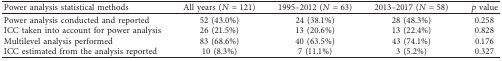
<table><thead><tr><td><b>Power analysis statistical methods</b></td><td><b>All years (<i>N</i>=121)</b></td><td><b>1995–2012 (<i>N</i>=63)</b></td><td><b>2013–2017 (<i>N</i>=58)</b></td><td><b><i>p</i> value</b></td></tr></thead><tbody><tr><td>Power analysis conducted and reported</td><td>52 (43.0%)</td><td>24 (38.1%)</td><td>28 (48.3%)</td><td>0.258</td></tr><tr><td>ICC taken into account for power analysis</td><td>26 (21.5%)</td><td>13 (20.6%)</td><td>13 (22.4%)</td><td>0.828</td></tr><tr><td>Multilevel analysis performed</td><td>83 (68.6%)</td><td>40 (63.5%)</td><td>43 (74.1%)</td><td>0.176</td></tr><tr><td>ICC estimated from the analysis reported</td><td>10 (8.3%)</td><td>7 (11.1%)</td><td>3 (5.2%)</td><td>0.327</td></tr></tbody></table>